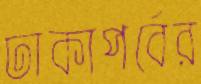
ঢাকাপর্বের